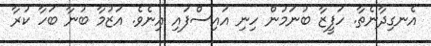
އެނގިދާނެތާ. ހަފީޒާ ބުނަމުން ހިނި އައިސްފައި އިނެވެ. އަޒުމާ ބުނާ ބަހާ ކުރާ